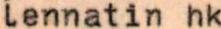
lennatin hk